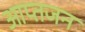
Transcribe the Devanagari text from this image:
आप्तजन